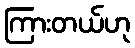
ကြားတယ်ဟု